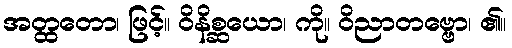
အတ္ထတော၊ ဖြင့်။ ဝိနိစ္ဆယော၊ ကို။ ဝိညာတဗ္ဗော၊ ၏။